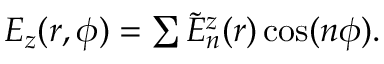
\begin{array} { r } { E _ { z } ( r , \phi ) = \sum \tilde { E } _ { n } ^ { z } ( r ) \cos ( n \phi ) . } \end{array}